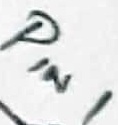
Text: PIN1